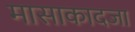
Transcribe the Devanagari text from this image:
मासाकादजा